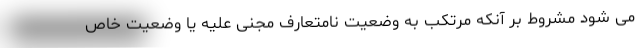
می شود مشروط بر آنکه مرتکب به وضعیت نامتعارف مجنی علیه یا وضعیت خاص